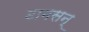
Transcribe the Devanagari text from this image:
टामसन्